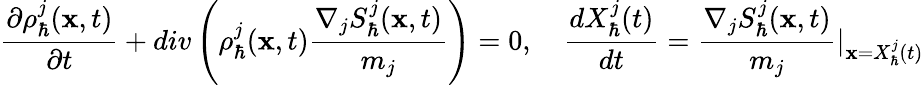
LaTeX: \frac{\partial\rho_{\hbar}^{j}(\textbf{x},t)}{\partial t}+div\left(\rho_{\hbar}^{j}(\textbf{x},t)\frac{\nabla_{j}S_{\hbar}^{j}(\textbf{x},t)}{m_{j}}\right)=0,~~~~\frac{dX_{\hbar}^{j}(t)}{dt}=\frac{\nabla_{j}S_{\hbar}^{j}(\textbf{x},t)}{m_{j}}\vert_{\textbf{x}=X_{\hbar}^{j}(t)}